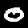
Digit: 0